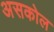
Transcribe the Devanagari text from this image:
असकोल